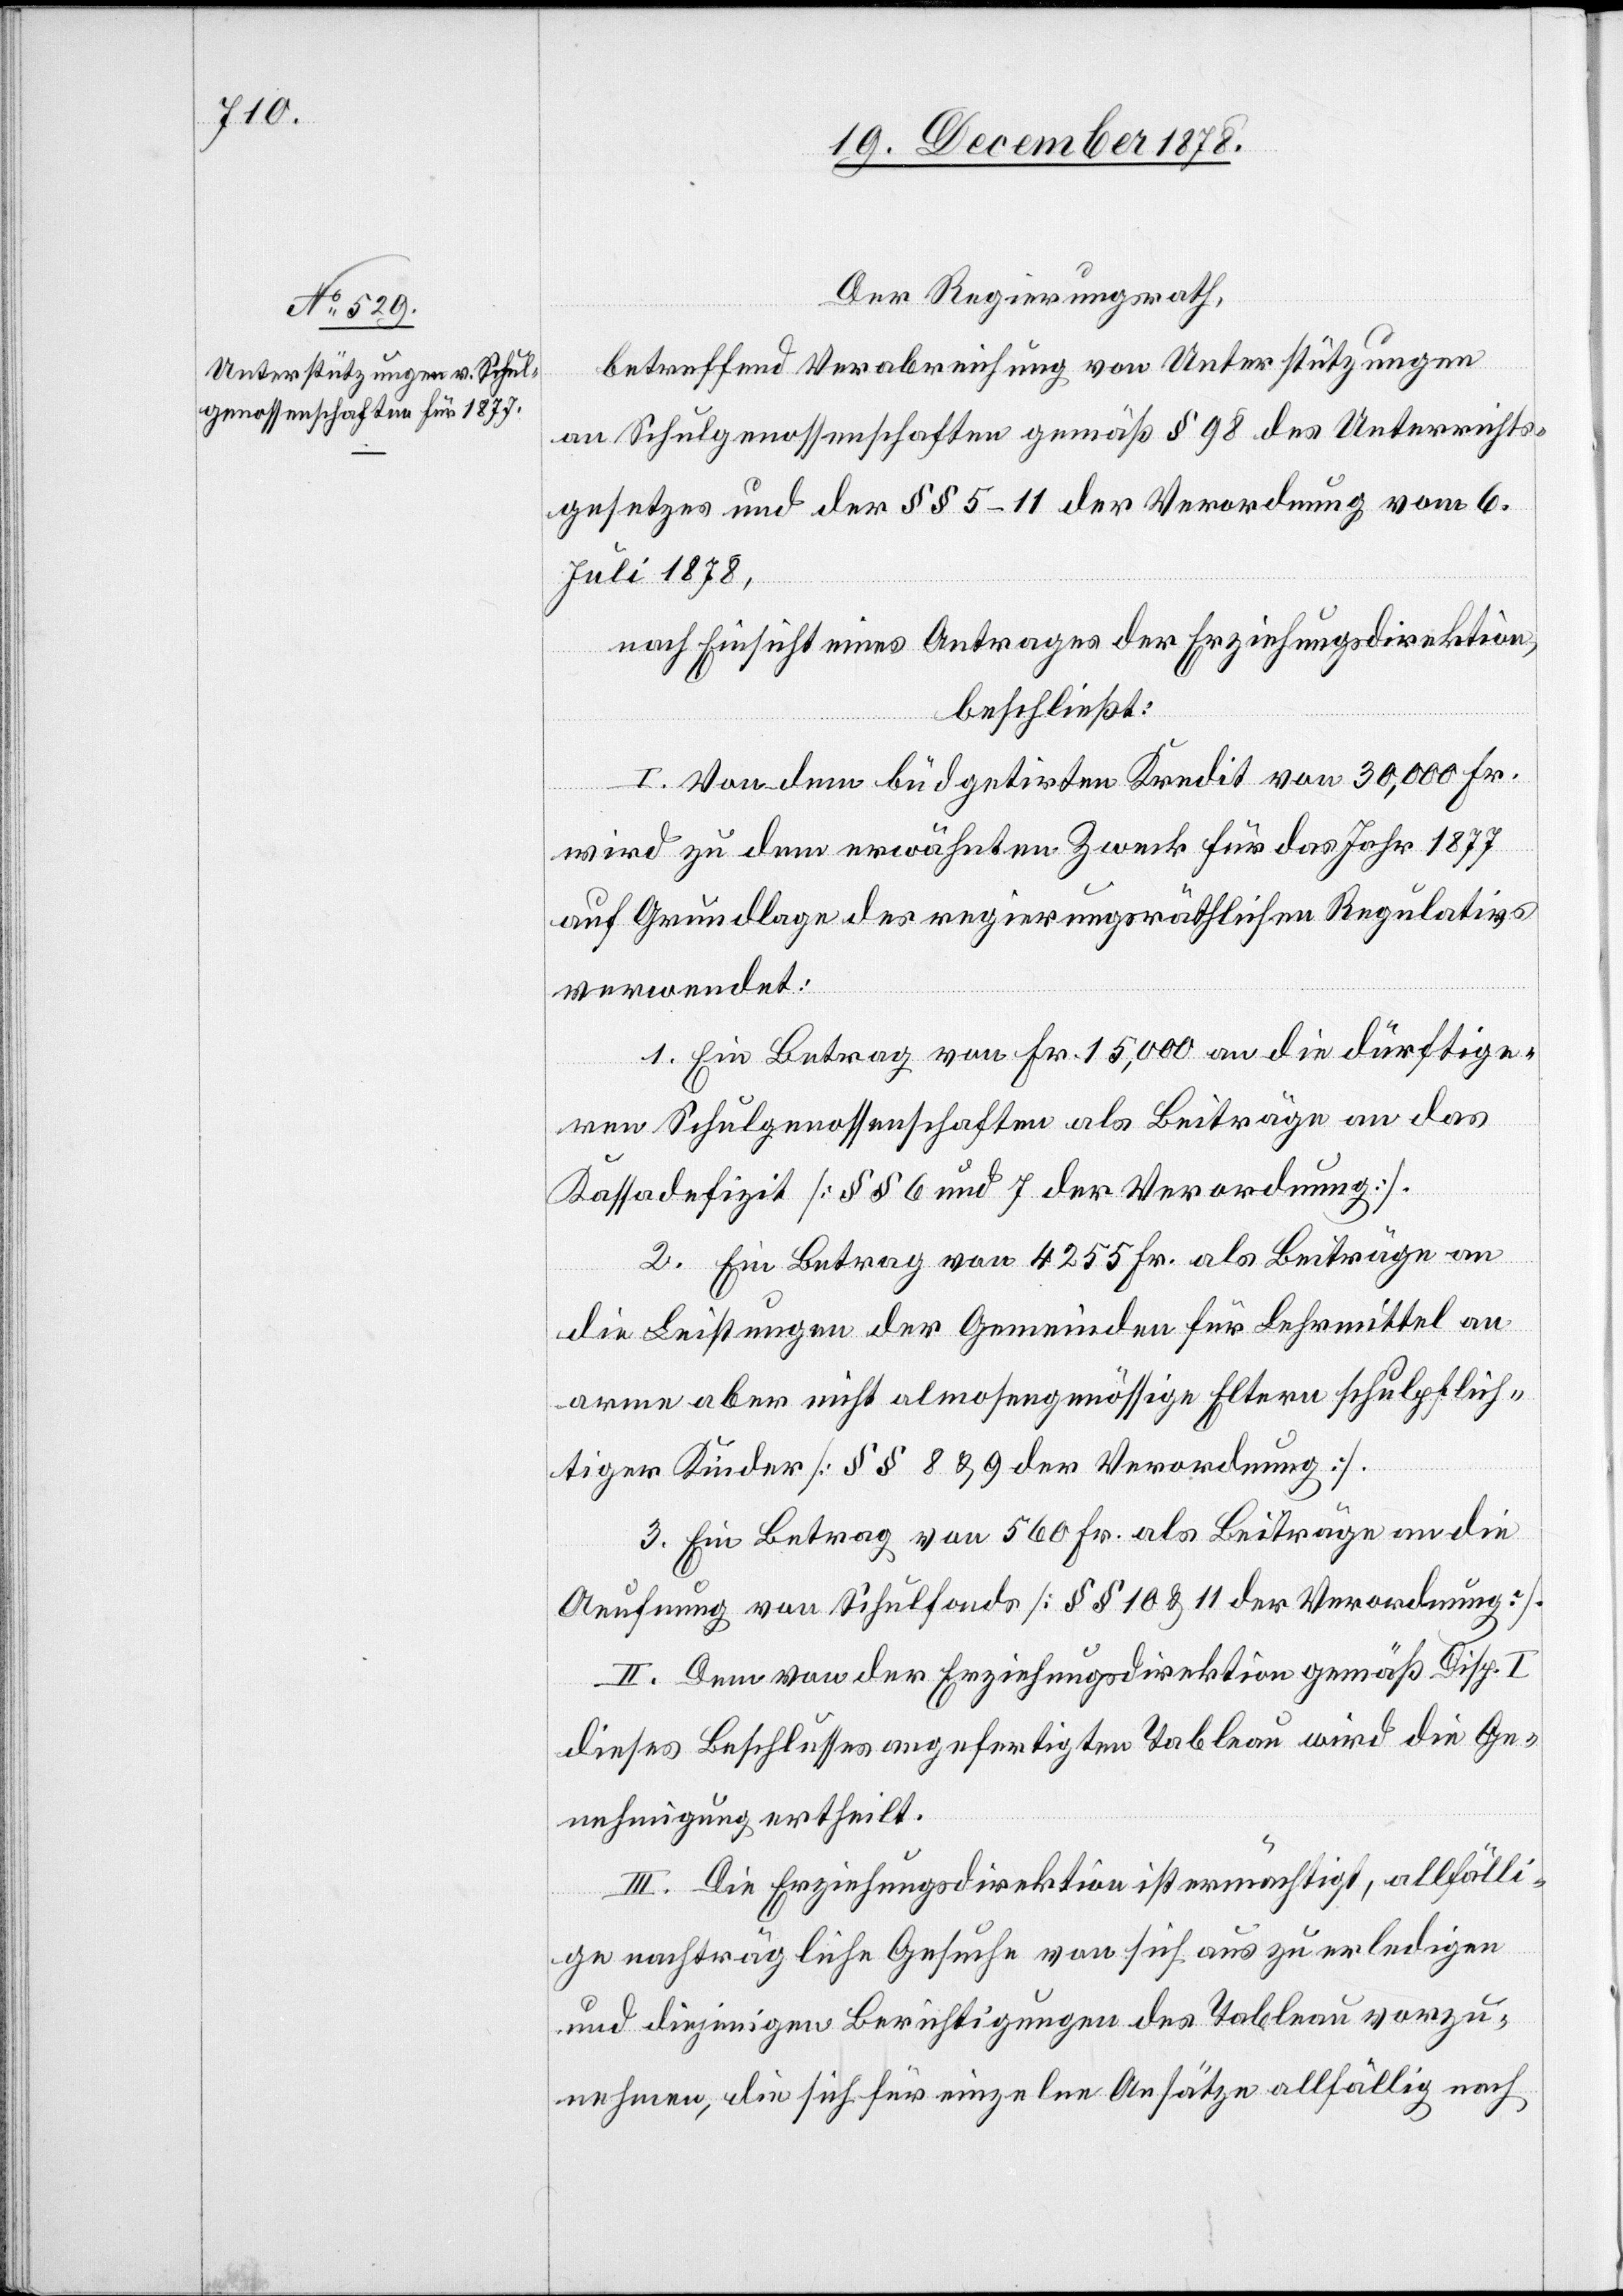
Der Regierungsrath,
betreffend Verabreichung von Unterstützungen
an Schulgenossenschaften gemäß § 98 des Unterrichts¬
gesetzes und der §§ 5–11 der Verordnung vom 6.
Juli 1878,
nach Einsicht eines Antrages der Erziehungsdirektion,
beschließt:
I. Von dem büdgetirten Kredit von 30,000 Fr.
wird zu dem erwähnten Zweck für das Jahr 1877
auf Grundlage des regierungsräthlichen Regulativs
verwendet:
1. Ein Betrag von Fr. 15,000 an die dürftige¬
n Schulgenossenschaften als Beiträge an das
Kassadefizit [§§ 6 und 7 der Verordnung].
2. Ein Betrag von 4255 Fr. als Beiträge an
die Leistungen der Gemeinden für Lehrmittel an
arme aber nicht almosengenössige Eltern schulpflich¬
tiger Kinder [§§ 8 & 9 der Verordnung].
3. Ein Betrag von 560 Fr. als Beiträge an die
Aeufnung von Schulfonds [§§ 10 & 11 der Verordnung].
II. Dem von der Erziehungsdirektion gemäß Disp. I
dieses Beschlusses angefertigten Tableau wird die Ge¬
nehmigung ertheilt.
III. Die Erziehungsdirektion ist ermächtigt, allfälli¬
ge nachträgliche Gesuche von sich aus zu erledigen
und diejenigen Berichtigungen des Tableau vorzu¬
nehmen, die sich für einzelne Ansätze allfällig nach